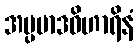
အပ္ပမာဒဝိဟာရိနံ